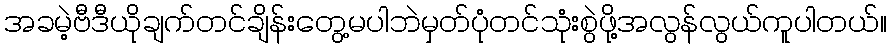
အခမဲ့ဗီဒီယိုချက်တင်ချိန်းတွေ့မပါဘဲမှတ်ပုံတင်သုံးစွဲဖို့အလွန်လွယ်ကူပါတယ်။